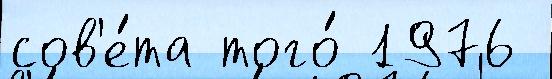
сов'е́та того́ 1976